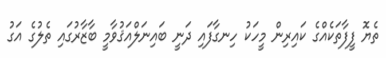
ތެޔޮ ފީފާތަކެއްގެ ކައިރިން މީހަކު ހިނގާފައި ދަނީ ބައިނަލްއަޤުވާމީ ބާޒާރުގައި ތެލުގެ އަގު